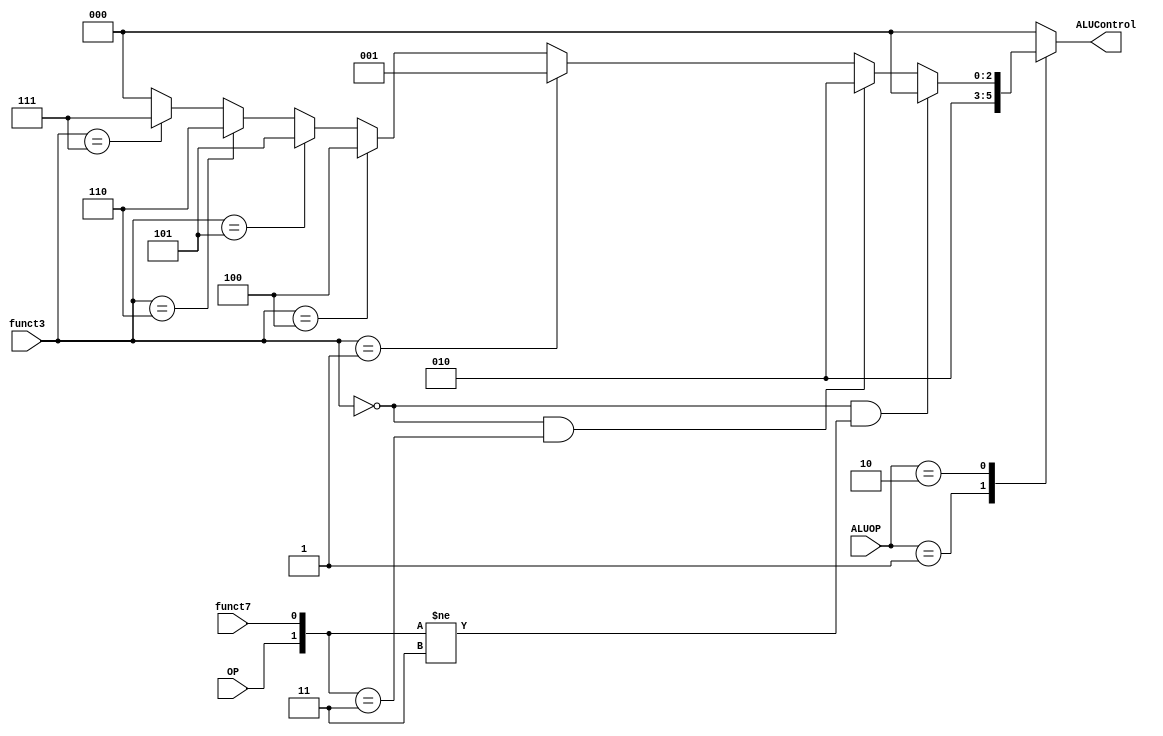
module ALU_Decoder
(
input OP, funct7,
input [2:0] funct3,
input [1:0] ALUOP,
output reg [2:0] ALUControl
);
 
always @ (*) begin

	case (ALUOP)
		2'b 00: ALUControl = 3'b 000;
		2'b 01: ALUControl = 3'b 010;
		2'b 10: 
		begin
			if ((funct3 == 3'b 000) && ({OP, funct7} != 2'b 11))
				ALUControl = 3'b 000;
			else if ((funct3 == 3'b 000) && ({OP, funct7} == 2'b 11))
				ALUControl = 3'b 010;
			else if (funct3 == 3'b 001)
				ALUControl = 3'b 001;
			else if (funct3 == 3'b 100)
				ALUControl = 3'b 100;
			else if (funct3 == 3'b 101)
				ALUControl = 3'b 101;
			else if (funct3 == 3'b 110)
				ALUControl = 3'b 110;
			else if (funct3 == 3'b 111)
				ALUControl = 3'b 111;
			else
				ALUControl = 3'b 000;
		end
		default: ALUControl = 3'b 000;

	endcase

end

endmodule